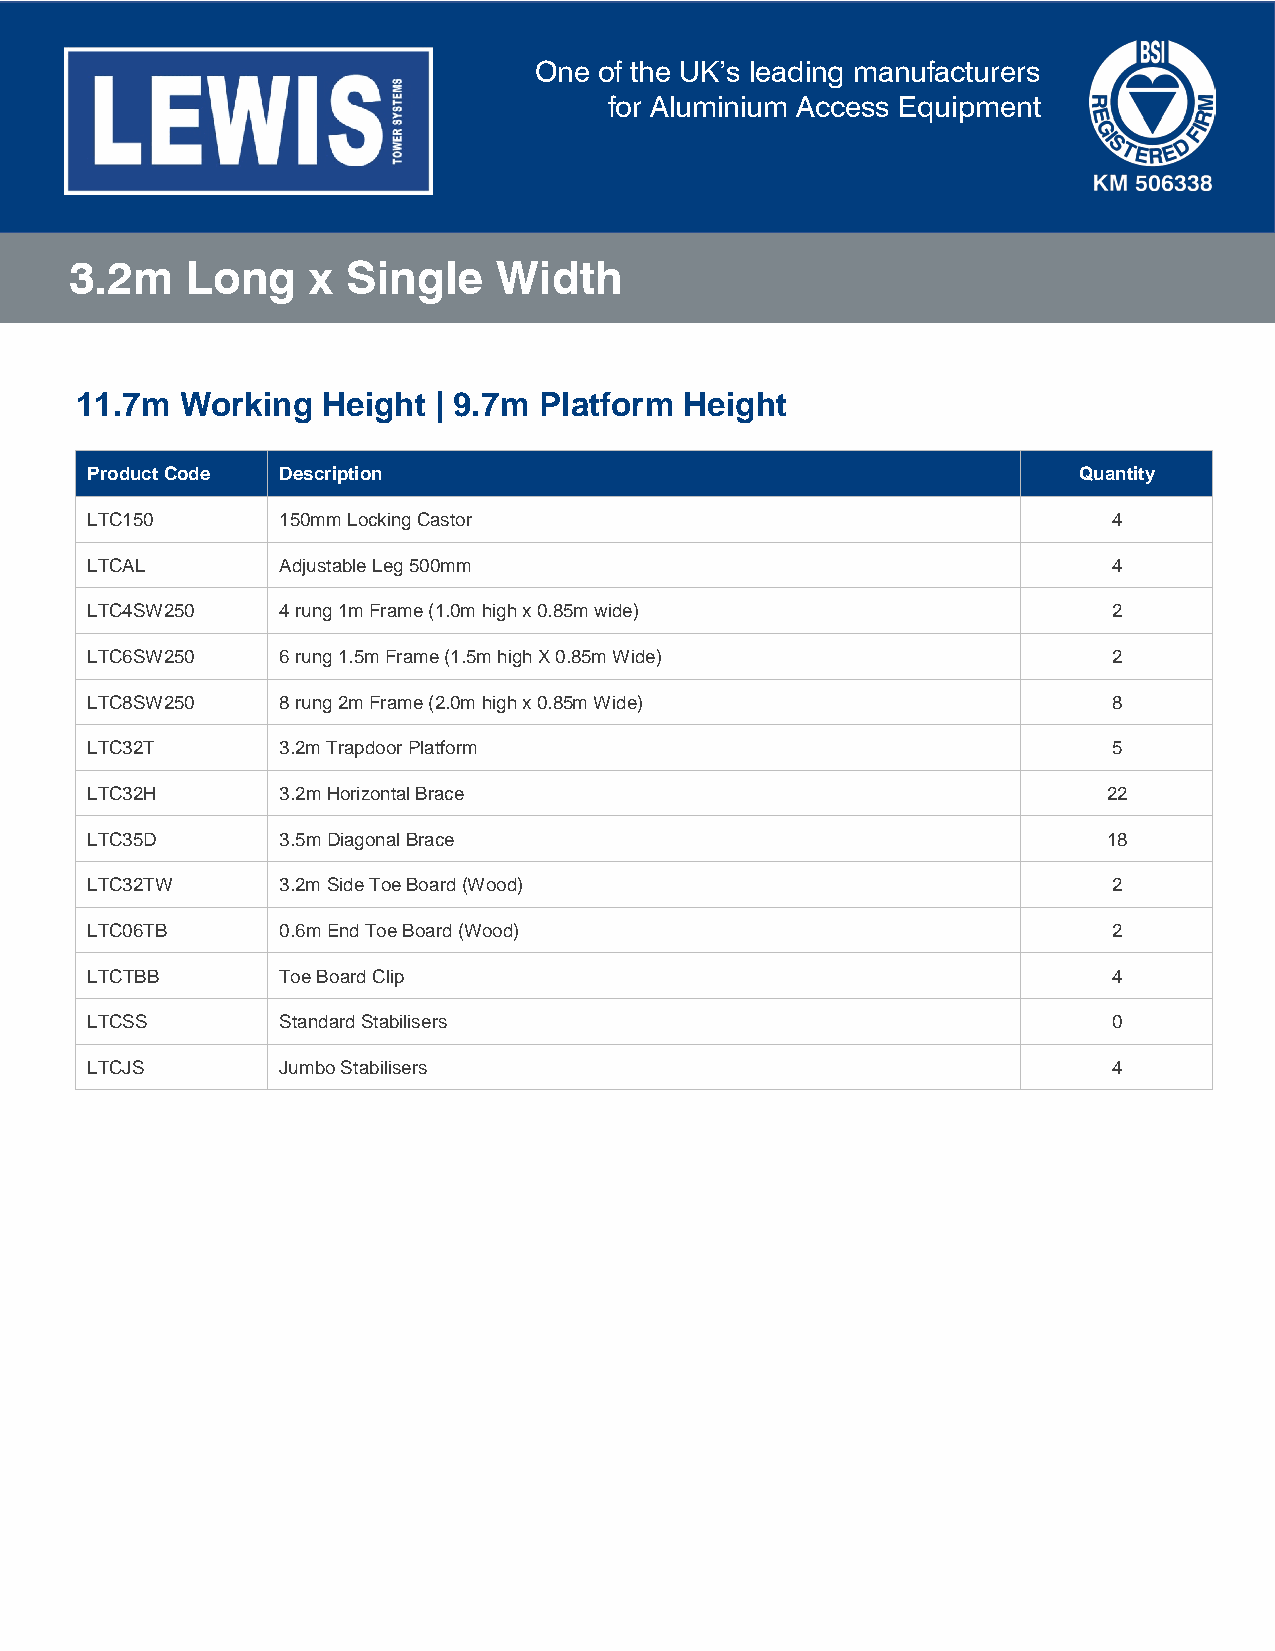
One  of the UK’s leading manufacturers
 for Aluminium Access Equipment
 3.2m   Long     x Single    Width
 11.7m  Working  Height  | 9.7m Platform Height
 Product Code Description                                         Quantity
 LTC150      150mm Locking Castor                                    4
 LTCAL       Adjustable Leg 500mm                                    4
 LTC4SW250   4 rung 1m Frame (1.0m high x 0.85m wide)                2
 LTC6SW250   6 rung 1.5m Frame (1.5m high X 0.85m Wide)              2
 LTC8SW250   8 rung 2m Frame (2.0m high x 0.85m Wide)                8
 LTC32T      3.2m Trapdoor Platform                                  5
 LTC32H      3.2m Horizontal Brace                                  22
 LTC35D      3.5m Diagonal Brace                                    18
 LTC32TW     3.2m Side Toe Board (Wood)                              2
 LTC06TB     0.6m End Toe Board (Wood)                               2
 LTCTBB      Toe Board Clip                                          4
 LTCSS       Standard Stabilisers                                    0
 LTCJS       Jumbo Stabilisers                                       4